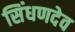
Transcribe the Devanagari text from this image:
सिंधणदेव